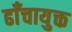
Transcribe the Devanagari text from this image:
ढाँचायुक्त